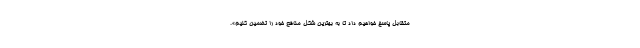
متقابل پاسخ خواهیم داد تا به بهترین شکل منافع خود را تضمین کنیم».